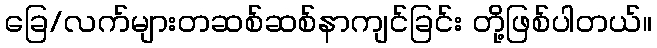
ခြေ/လက်များတဆစ်ဆစ်နာကျင်ခြင်း တို့ဖြစ်ပါတယ်။